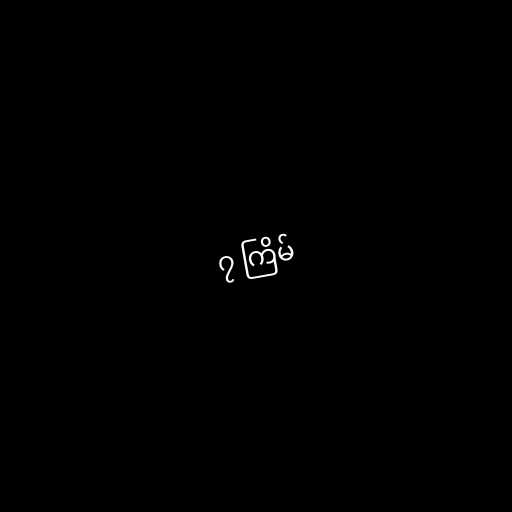
၇ ကြိမ်